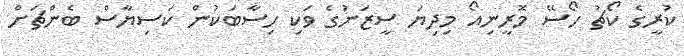
ކުރީގެ ކޯޗު ހޯސޭ މޮރީނިއޯ މިދިޔަ ސީޒަނުގެ ވަކި ހިސާބަކުން ކަސިޔާސް ބެންޗަށް